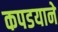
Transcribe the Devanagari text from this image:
कपडयाने